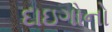
દાઇગોનો